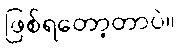
ဖြစ်ရတော့တာပဲ။